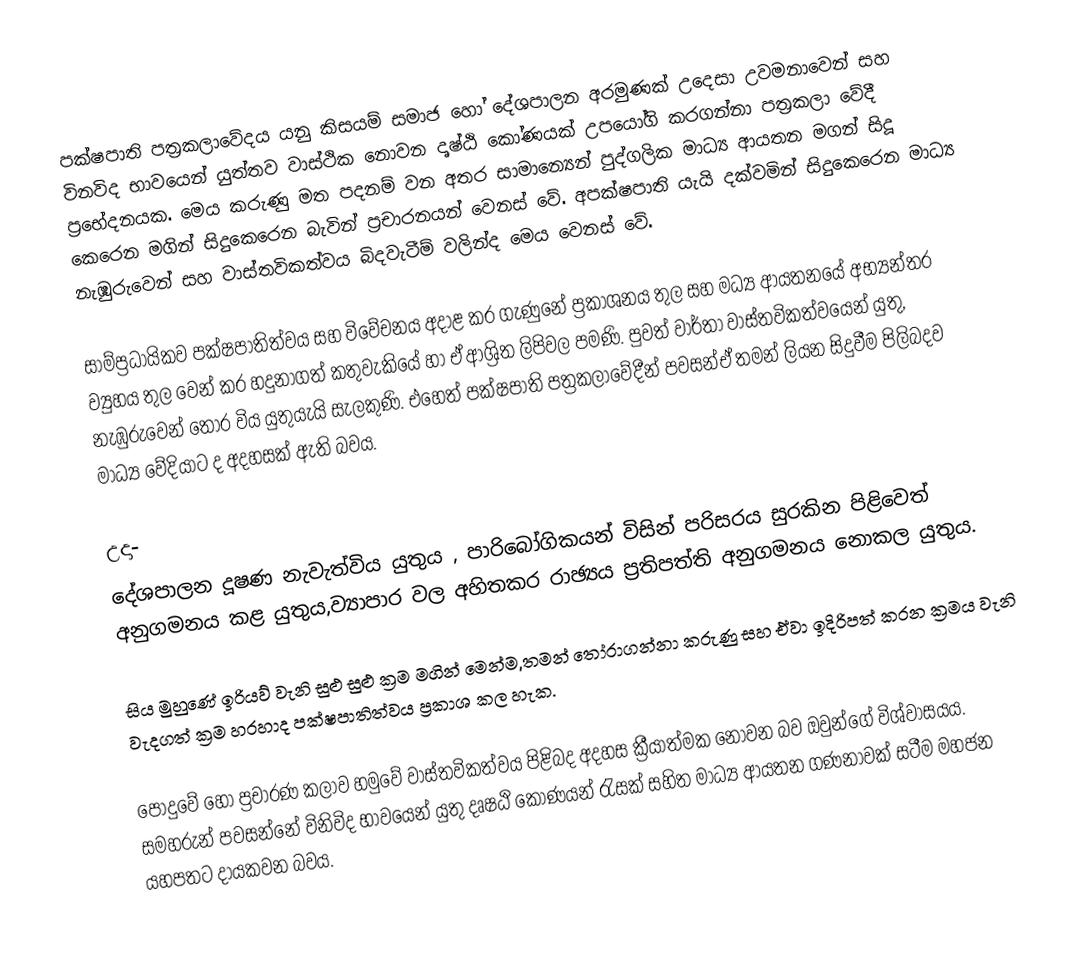
පක්ෂපාති පත්‍රකලාවේදය යනු කිසයම් සමාජ හෝ දේශපාලන අරමුණක් උදෙසා උවමනාවෙන් සහ විනවිද භාවයෙන් යුත්තව වාස්ථික නොවන දෘෂ්ඨි කෝණයක් උපයෝගි කරගන්නා පත්‍රකලා වේදී ප්‍රභේදනයක. මෙය කරුණු මත පදනම් වන අතර සාමාන්‍යෙන් පුද්ගලික මාධ්‍ය ආයතන මගන් සිදූ කෙරෙන මගින් සිදුකෙරෙන බැවින් ප්‍රචාරනයන් වෙනස් වේ. අපක්ෂපාති  යැයි දක්වමින් සිදුකෙරෙන මාධ්‍ය නැඹුරුවෙන් සහ වාස්තවිකත්වය බිදවැටීම් වලින්ද මෙය වෙනස් වේ.

සාම්ප්‍රධායිකව පක්ෂපාතිත්වය සහ විවේචනය අදාළ කර ගැණුනේ ප්‍රකාශනය තුල සහ මධ්‍ය ආයතනයේ අභ්‍යන්තර ව්‍යුහය තුල වෙන් කර හදුනාගත් කතුවැකියේ හා ඒ ආශ්‍රිත ලිපිවල පමණි. පුවත් වාර්තා වාස්තවිකත්වයෙන් යුතු, නැඹුරුවෙන් තොර විය යුතුයැයි සැලකුණි. එහෙත් පක්ෂපාති පත්‍රකලාවේදීන් පවසන්ඒ තමන් ලියන සිදුවීම පිලිබදව මාධ්‍ය වේදියාට ද අදහසක් ඇති බවය.

උදා-
දේශපාලන දූෂණ නැවැත්විය යුතුය , පාරිබෝගිකයන් විසින් පරිසරය සුරකින පිළිවෙත් අනුගමනය කළ යුතුය,ව්‍යාපාර වල අහිතකර රාඡ්‍යය ප්‍රතිපත්ති අනුගමනය නොකල යුතුය.

සිය මුහුණේ ඉරියව් වැනි සුළු සුළු ක්‍රම මගින් මෙන්ම,තමන් තෝරාගන්නා කරුණු සහ ඒවා ඉදිරිපත් කරන ක්‍රමය වැනි වැදගත් ක්‍රම හරහාද පක්ෂපාතිත්වය ප්‍රකාශ කල හැක.

පොදුවේ හෝ ප්‍රචාරණ කලාව හමුවේ වාස්තවිකත්වය පිළිබද අදහස ක්‍රීයාත්මක නොවන බව ඔවුන්ගේ විශ්වාසයය. සමහරුන් පවසන්නේ විනිවිද භාවයෙන් යුතු දෘෂඨි කෝණයන් රැසක් සහිත මාධ්‍ය ආයතන ගණනාවක් සටීම මහජන යහපතට දායකවන බවය.